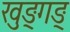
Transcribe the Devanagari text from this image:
खुङ्गङ्